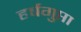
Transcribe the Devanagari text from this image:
हर्षगुप्ता